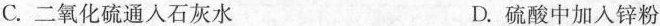
C.二氧化硫通入石灰水 D.硫酸中加入锌粉